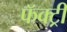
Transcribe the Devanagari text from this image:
फॅक्ट्री